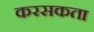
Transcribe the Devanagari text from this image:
करसकता